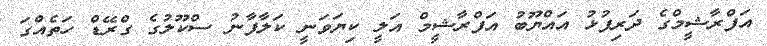
އަފްރާޝީމްގެ ދަރިފުޅު އައްޔޫބު އަފްރާޝީމް އަލީ ކިޔަވަނީ ކަލާފާނު ސްކޫލުގެ ގްރޭޑް ހަތެއްގަ